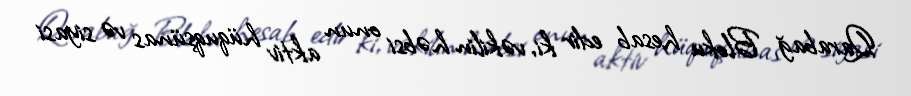
Qarabağ Bloku hesab edir ki, vəkilin həbsi onun aktiv hüquqşünas və siyasi